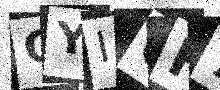
Text: OYIGH7